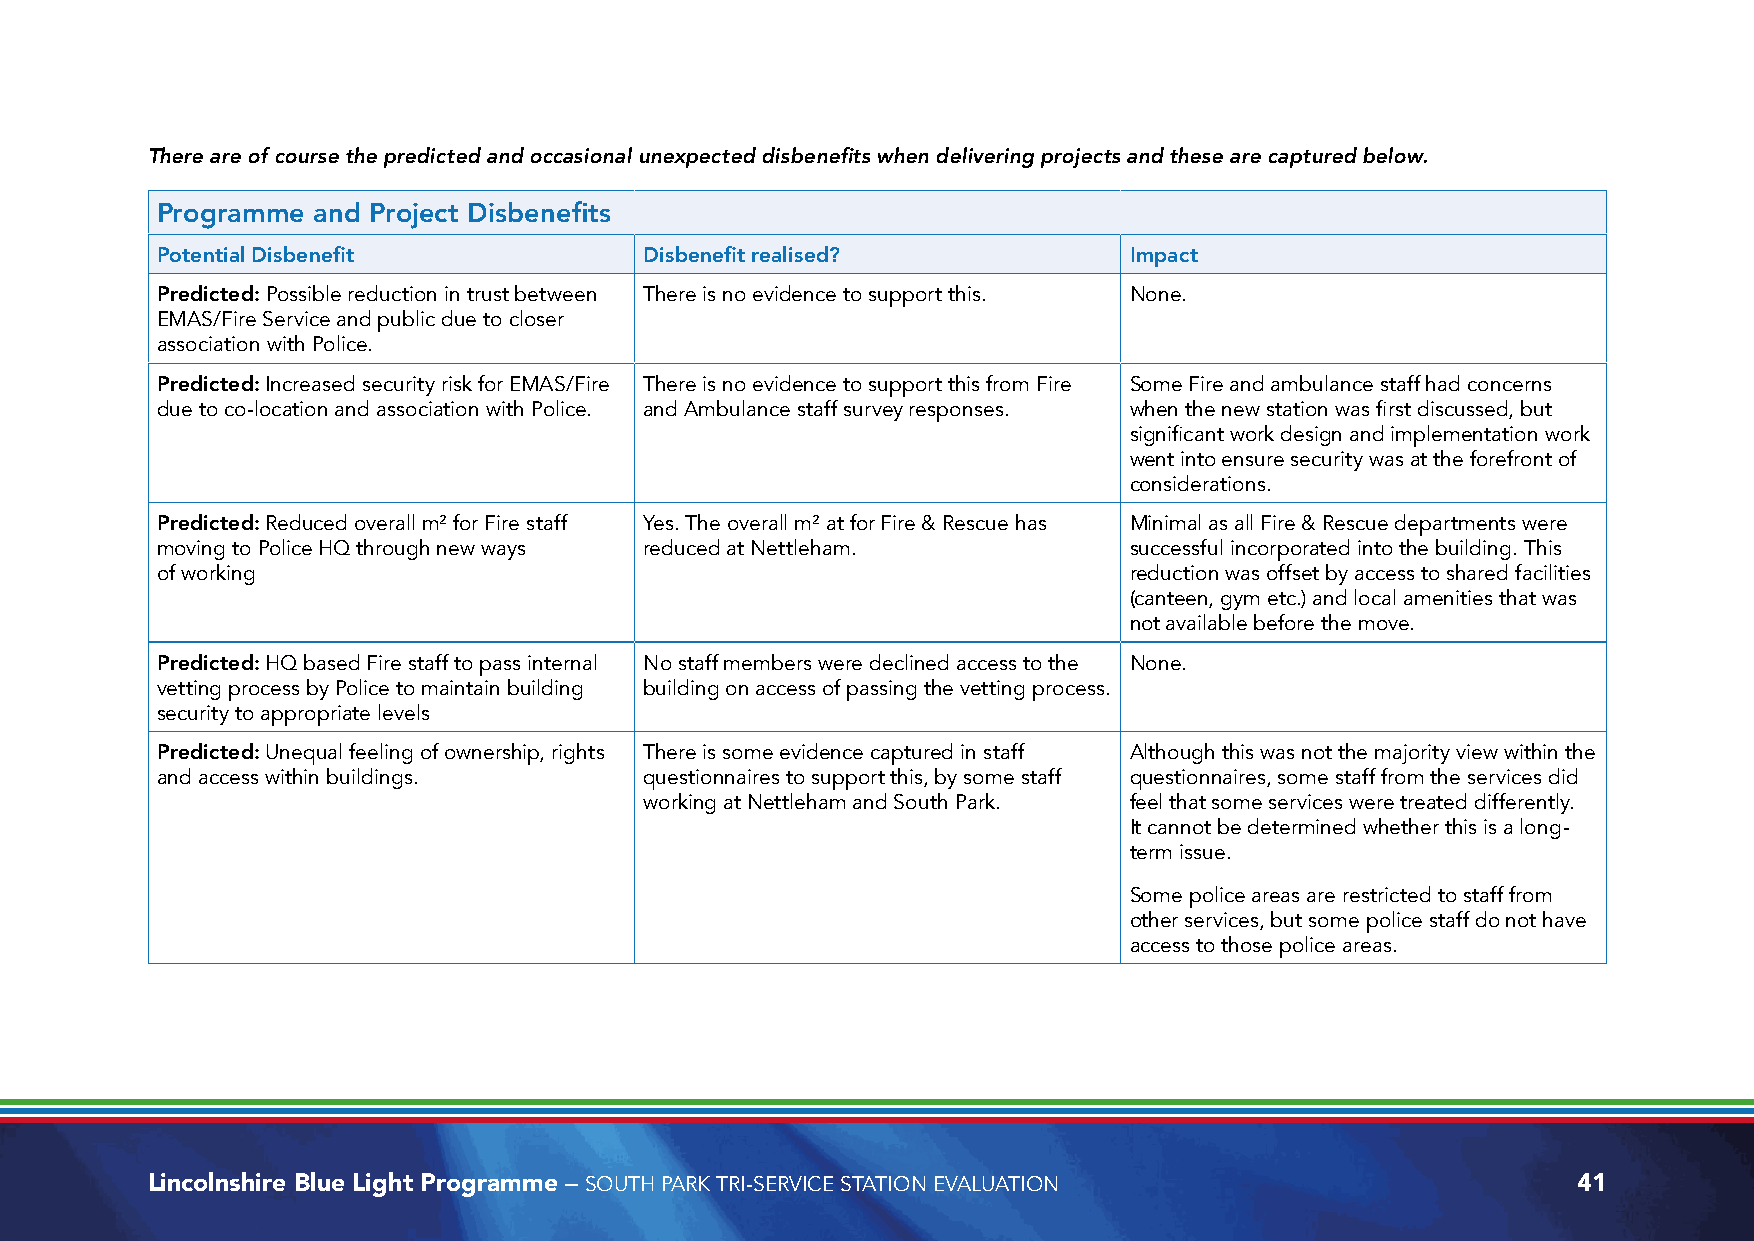
There are of course the predicted and occasional unexpected disbenefits when delivering projects and these are captured below.
 Programme  and Project Disbenefits
 Potential Disbenefit             Disbenefit realised?            Impact
 Predicted: Possible reduction in trust between There is no evidence to support this. None.
 EMAS/Fire Service and public due to closer
 association with Police.
 Predicted: Increased security risk for EMAS/Fire There is no evidence to support this from Fire Some Fire and ambulance staff had concerns
 due to co-location and association with Police. and Ambulance staff survey responses. when the new station was first discussed, but
 significant work design and implementation work
 went into ensure security was at the forefront of
 considerations.
 Predicted: Reduced overall m² for Fire staff Yes. The overall m² at for Fire & Rescue has Minimal as all Fire & Rescue departments were
 moving to Police HQ through new ways reduced at Nettleham.       successful incorporated into the building. This
 of working                                                       reduction was offset by access to shared facilities
 (canteen, gym etc.) and local amenities that was
 not available before the move.
 Predicted: HQ based Fire staff to pass internal No staff members were declined access to the None.
 vetting process by Police to maintain building building on access of passing the vetting process.
 security to appropriate levels
 Predicted: Unequal feeling of ownership, rights There is some evidence captured in staff Although this was not the majority view within the
 and access within buildings.     questionnaires to support this, by some staff questionnaires, some staff from the services did
 working at Nettleham and South Park. feel that some services were treated differently.
 It cannot be determined whether this is a long-
 term issue.
 Some police areas are restricted to staff from
 other services, but some police staff do not have
 access to those police areas.
 Lincolnshire Blue Light Programme – SOUTH PARK TRI-SERVICE STATION EVALUATION                 41